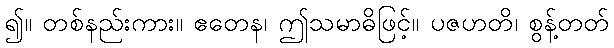
၍။ တစ်နည်းကား။ ဧတေန၊ ဤသမာဓိဖြင့်။ ပဇဟတိ၊ စွန့်တတ်